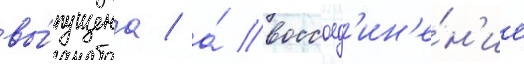
вы́пущена / а́ воссоед'ин'е́н'ие